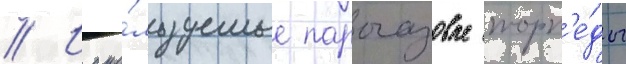
// Испо́льзуемые парогазовые торп'е́ды